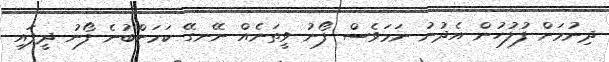
ދިނުމަށް ފުލުހުން އެދުނު ނަމަވެސް ފޯނު ވީތަނެއް ނޭނގޭ ކަމަށްބުނެ ފޯނު ދީފައި